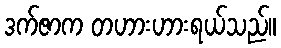
ဒက်ဇာက တဟားဟားရယ်သည်။